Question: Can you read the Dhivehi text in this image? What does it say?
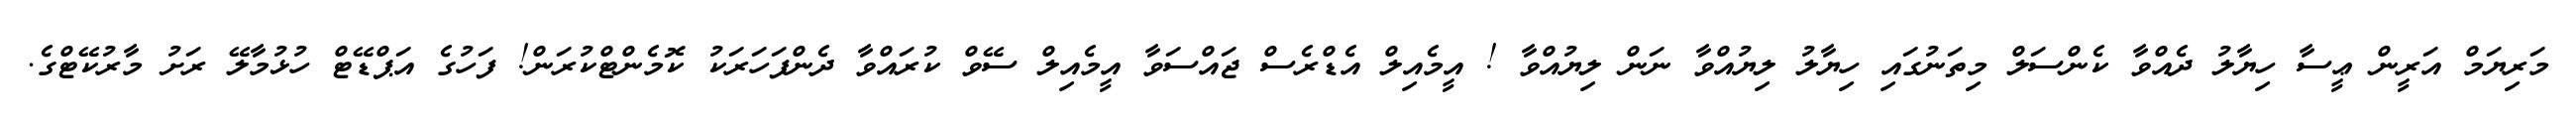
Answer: މަރިޔަމް އަރީން ޢީސާ ހިޔާލު ދެއްވާ ކެންސަލް މިތަނުގައި ހިޔާލު ލިޔުއްވާ ނަން ލިޔުއްވާ ! އީމެއިލް އެޑްރެސް ޖައްސަވާ އީމެއިލް ސޭވް ކުރައްވާ ދެންފަހަރަކު ކޮމެންޓްކުރަން! ފަހުގެ އަޕްޑޭޓް ހުޅުމާލޭ ރަށު މާރުކޭޓްގެ.